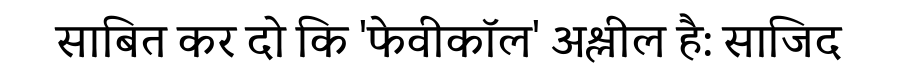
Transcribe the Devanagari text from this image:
साबित कर दो कि 'फेवीकॉल' अश्लील है: साजिद